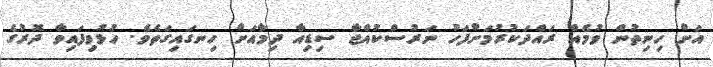
އަށް ހިނިތުން ވުމެއް ރައްދަކުރުމަށްފަހު ނަރުސްކުއްޖާ ސިޑިއާ ދިމާއަށް ހިނގައިގަތެވެ. ހުޅުވިފައިވާ ދޮރުގެ